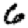
Digit: 6